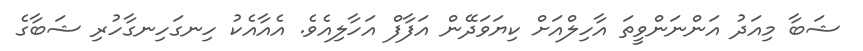
ޝަބާ މިއަދު އަންނަންވީތަ އާހިލްއަށް ކިޔަވަދޭން އަފާފް އަހާލިއެވެ. އެއާއެކު ހިނގަހިނގާހުރި ޝަބާގެ